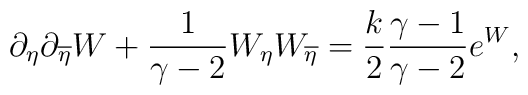
\partial_{\eta}\partial_{\overline{\eta}}W+{1\over{\gamma -2}}W_{\eta}W_{\overline{\eta}}={k\over 2}{{\gamma-1}\over{\gamma-2}}e^W,